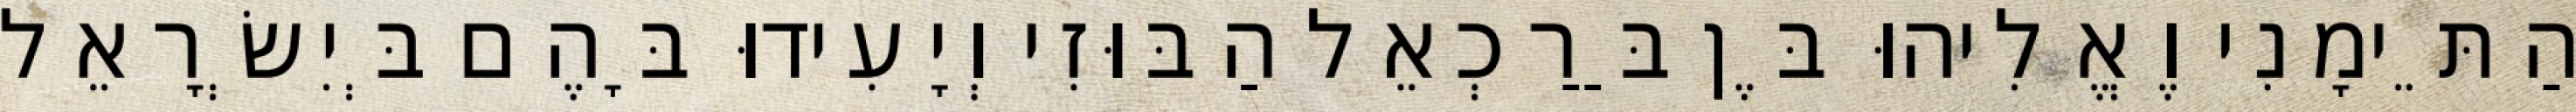
הַתֵּימָנִי וֶאֱלִיהוּ בֶּן בַּרַכְאֵל הַבּוּזִי וְיָעִידוּ בָּהֶם בְּיִשְׂרָאֵל